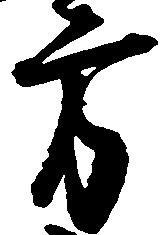
方